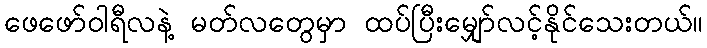
ဖေဖော်ဝါရီလနဲ့ မတ်လတွေမှာ ထပ်ပြီးမျှော်လင့်နိုင်သေးတယ်။